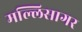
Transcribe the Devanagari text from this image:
मल्लिसागर